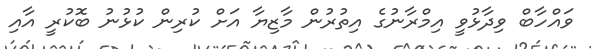
ވައްހާބް ވިދާޅުވީ އިމްރާނުގެ އިތުރުން މާޒިޔާ އަށް ކުރިން ކުޅުނު ބޮކުރީ އާއި